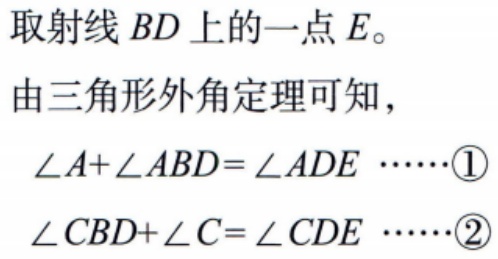
取射线 \(BD\) 上的一点 \(E\)。
由三角形外角定理可知，
\(\angle A + \angle ABD=\angle ADE\) ......\(\textcircled{1}\)
\(\angle CBD+\angle C = \angle CDE\) ......\(\textcircled{2}\)